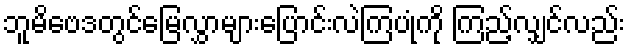
ဘူမိဗေဒတွင်မြေလွှာများပြောင်းလဲကြပုံကို ကြည့်လျှင်လည်း